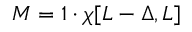
\begin{array} { r } { M = 1 \cdot \chi [ L - \Delta , L ] } \end{array}